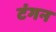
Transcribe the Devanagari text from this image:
टंगन